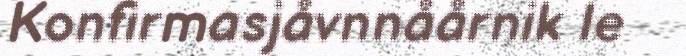
Konfirmasjåvnnåårnik le